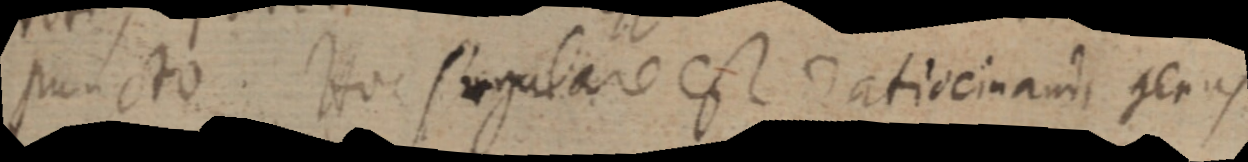
puncto. Hoc singulare est ratiocinandi genus